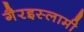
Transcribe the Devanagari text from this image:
गैरइस्लामी